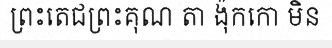
ព្រះតេជព្រះគុណ តា ង៉ុកកោ មិន